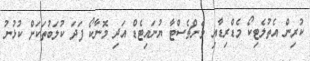
ކުރިން އެތުލެޓިކޯ މެޑްރިޑާއި މެންޗެސްޓާ ޔުނައިޓެޑް އަދި މޮނާކޯ ފަދަ ކުލަބުތަކަށް ކުޅުނު